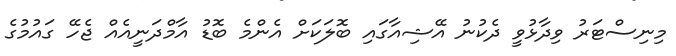
މިނިސްޓަރު ވިދާޅުވީ ދެކުނު އޭޝިއާގައި ބޮލަކަށް އެންމެ ބޮޑު އާމްދަނީއެއް ޖެހޭ ގައުމުގެ